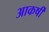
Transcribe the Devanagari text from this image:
आकर्षी